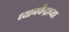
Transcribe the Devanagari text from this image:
ध्यानकेंद्राच्या